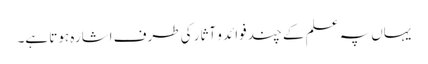
یہاں پہ علم کے چند فوائد و آثار کی طرف اشارہ ہوتا ہے۔